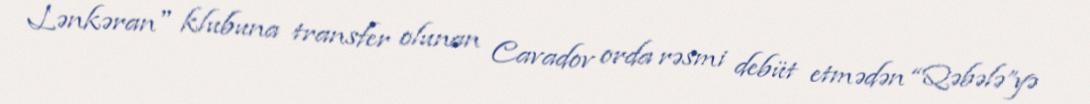
Lənkəran" klubuna transfer olunan Cavadov orda rəsmi debüt etmədən “Qəbələ”yə